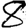
Digit: 8